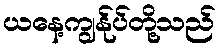
ယနေ့ကျွန်ုပ်တို့သည်